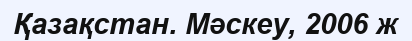
Қазақстан. Мәскеу, 2006 ж